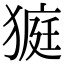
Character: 𤠜